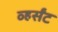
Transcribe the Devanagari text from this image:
व्हर्संट